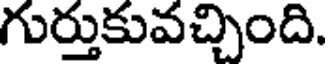
గుర్తుకువచ్చింది.